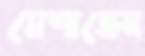
মেশাতেন